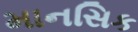
માનસિક